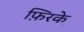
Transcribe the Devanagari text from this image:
फ़िरके़